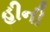
હીની